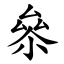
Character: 㕘